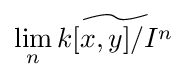
\lim _{n}{\widetilde {k[x,y]/I^{n}}}